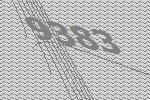
9383